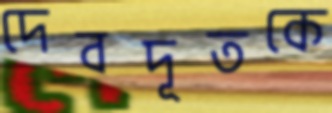
দেবদূতকে